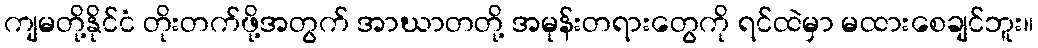
ကျမတို့နိုင်ငံ တိုးတက်ဖို့အတွက် အာဃာတတို့ အမုန်းတရားတွေကို ရင်ထဲမှာ မထားစေချင်ဘူး။